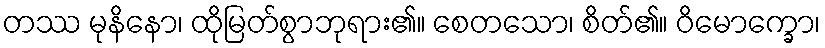
တဿ မုနိနော၊ ထိုမြတ်စွာဘုရား၏။ စေတသော၊ စိတ်၏။ ဝိမောက္ခော၊